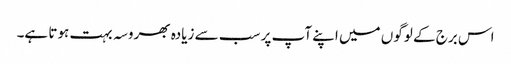
اس برج کے لوگوں میں اپنے آپ پر سب سے زیادہ بھروسہ بہت ہوتا ہے۔